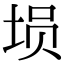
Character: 埙